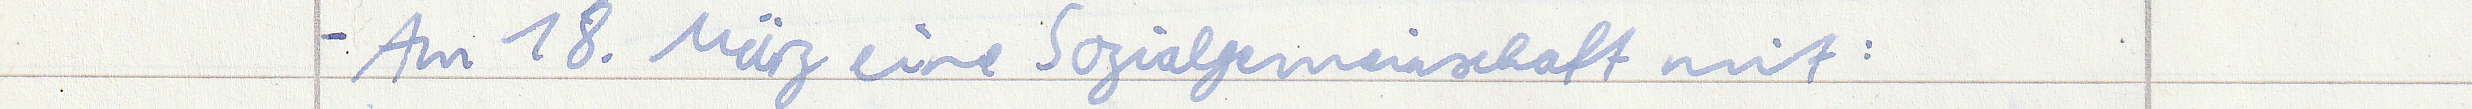
- Am 18. März eine Sozialgemeinschaft mit: